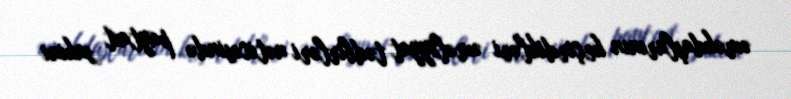
əməkdaşlarının keçirdikləri əməliyyat tədbirləri nəticəsində paytaxt sakini